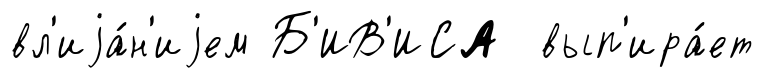
вл'иjа́н'иjем Б'ИВ'ИСА вып'ира́ет